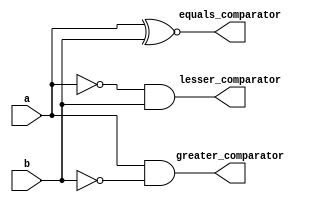
module one_bit_comparator (
    input a, b,
    output lesser_comparator, equals_comparator, greater_comparator 
);

assign lesser_comparator = (~a) & b;
assign greater_comparator = a & (~b);
assign equals_comparator = a ~^ b;

endmodule